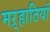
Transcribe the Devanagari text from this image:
मऱ्हाठियां